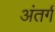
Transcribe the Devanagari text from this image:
अंतर्ग